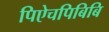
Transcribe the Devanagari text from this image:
पिऐचपिबिबि